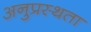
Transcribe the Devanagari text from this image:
अनुप्रस्थता